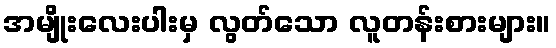
အမျိုးလေးပါးမှ လွတ်သော လူတန်းစားများ။